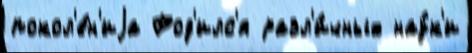
покол'е́н'иjа Род'илс'я разл'и́чных нау́к'и